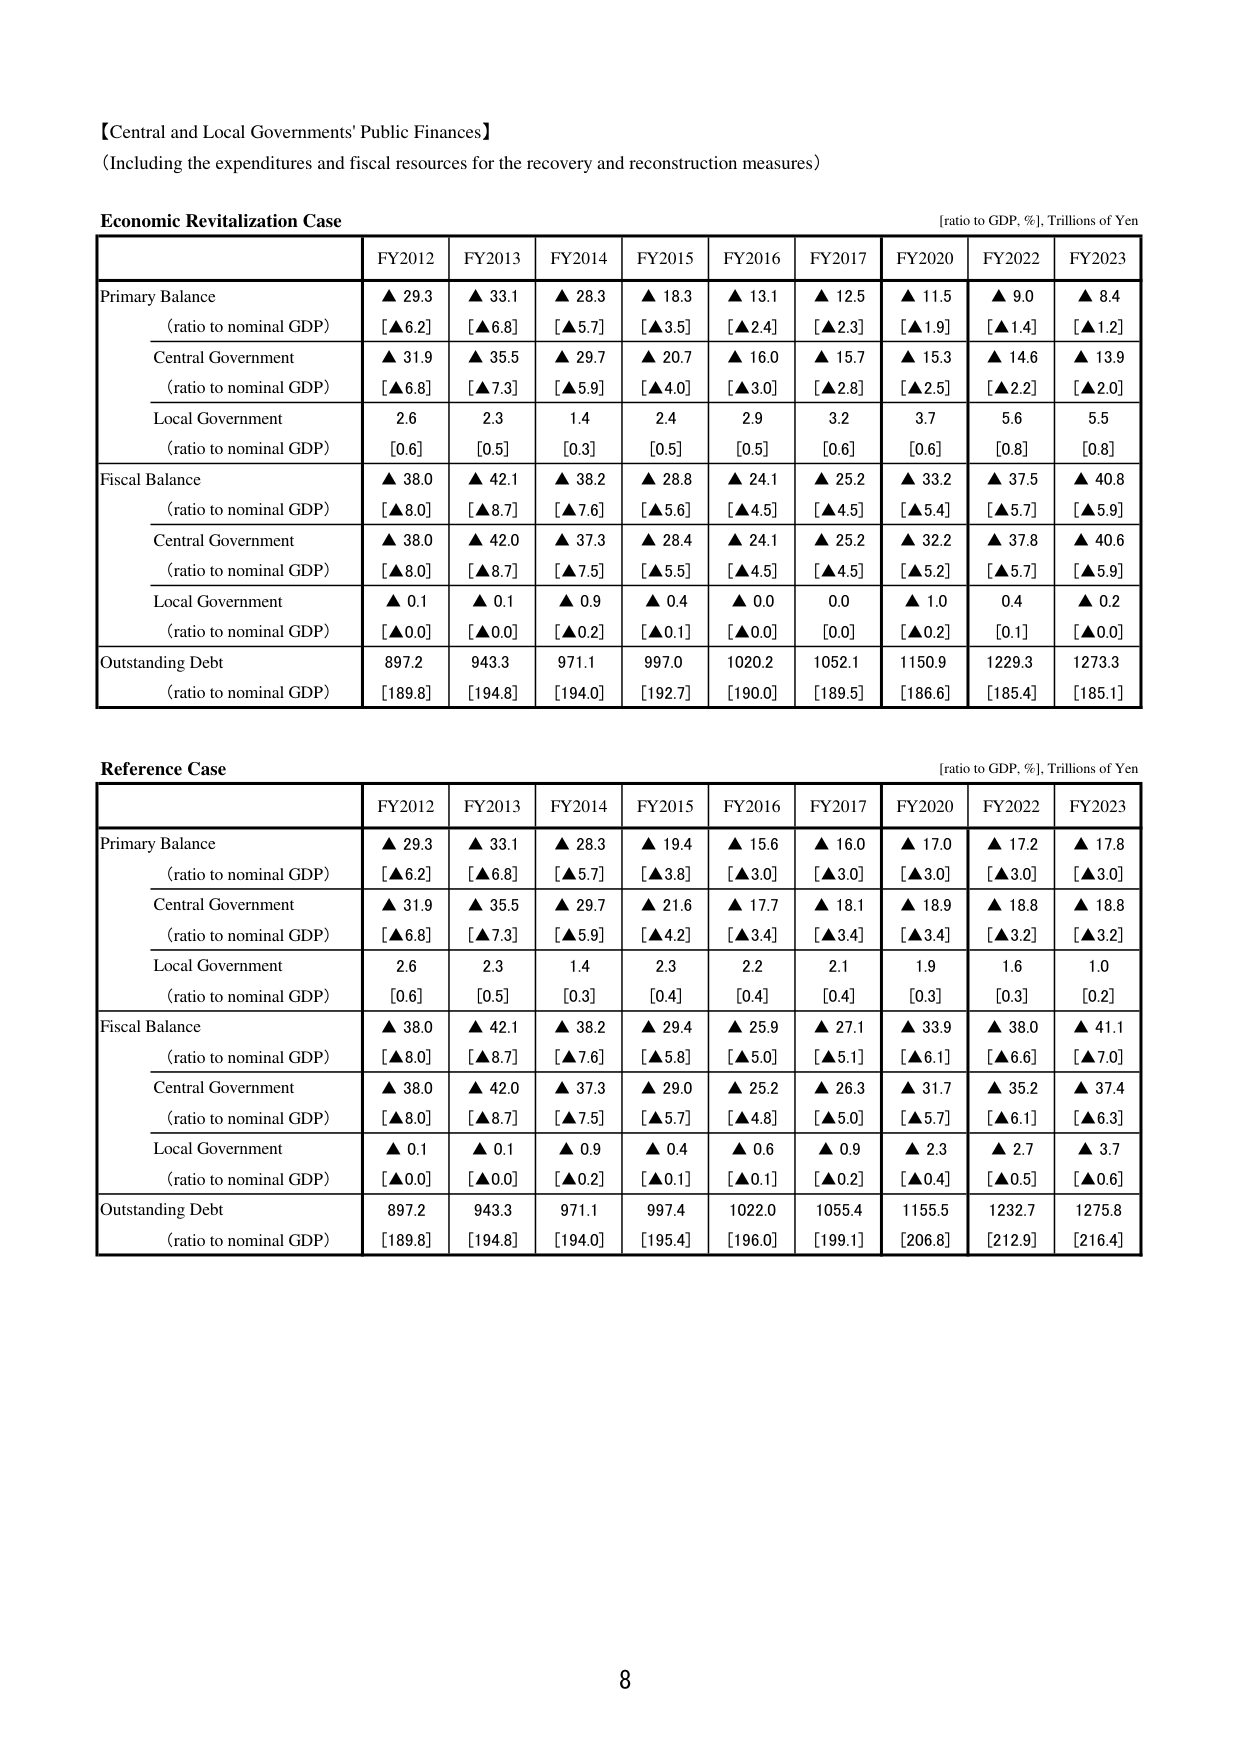
【Central and Local Governments' Public Finances】
(Including the expenditures and fiscal resources for the recovery and reconstruction measures)

Economic Revitalization Case
[ratio to GDP, %], Trillions of Yen

FY2012 FY2013 FY2014 FY2015 FY2016 FY2017 FY2020 FY2022 FY2023

Primary Balance
(ratio to nominal GDP)
▲ 29.3 ▲ 33.1 ▲ 28.3 ▲ 18.3 ▲ 13.1 ▲ 12.5 ▲ 11.5 ▲ 9.0 ▲ 8.4
[▲6.2] [▲6.8] [▲5.7] [▲3.5] [▲2.4] [▲2.3] [▲1.9] [▲1.4] [▲1.2]

Central Government
(ratio to nominal GDP)
▲ 31.9 ▲ 35.5 ▲ 29.7 ▲ 20.7 ▲ 16.0 ▲ 15.7 ▲ 15.3 ▲ 14.6 ▲ 13.9
[▲6.8] [▲7.3] [▲5.9] [▲4.0] [▲3.0] [▲2.8] [▲2.5] [▲2.2] [▲2.0]

Local Government
(ratio to nominal GDP)
2.6 2.3 1.4 2.4 2.9 3.2 3.7 5.6 5.5
[0.6] [0.5] [0.3] [0.5] [0.5] [0.6] [0.6] [0.8] [0.8]

Fiscal Balance
(ratio to nominal GDP)
▲ 38.0 ▲ 42.1 ▲ 38.2 ▲ 28.8 ▲ 24.1 ▲ 25.2 ▲ 33.2 ▲ 37.5 ▲ 40.8
[▲8.0] [▲8.7] [▲7.6] [▲5.6] [▲4.5] [▲4.5] [▲5.4] [▲5.7] [▲5.9]

Central Government
(ratio to nominal GDP)
▲ 38.0 ▲ 42.0 ▲ 37.3 ▲ 28.4 ▲ 24.1 ▲ 25.2 ▲ 32.2 ▲ 37.8 ▲ 40.6
[▲8.0] [▲8.7] [▲7.5] [▲5.5] [▲4.5] [▲4.5] [▲5.2] [▲5.7] [▲5.9]

Local Government
(ratio to nominal GDP)
▲ 0.1 ▲ 0.1 ▲ 0.9 ▲ 0.4 ▲ 0.0 0.0 ▲ 1.0 0.4 ▲ 0.2
[▲0.0] [▲0.0] [▲0.2] [▲0.1] [▲0.0] [0.0] [▲0.2] [0.1] [▲0.0]

Outstanding Debt
(ratio to nominal GDP)
897.2 943.3 971.1 997.0 1020.2 1052.1 1150.9 1229.3 1273.3
[189.8] [194.8] [194.0] [192.7] [190.0] [189.5] [186.6] [185.4] [185.1]

Reference Case
[ratio to GDP, %], Trillions of Yen

FY2012 FY2013 FY2014 FY2015 FY2016 FY2017 FY2020 FY2022 FY2023

Primary Balance
(ratio to nominal GDP)
▲ 29.3 ▲ 33.1 ▲ 28.3 ▲ 19.4 ▲ 15.6 ▲ 16.0 ▲ 17.0 ▲ 17.2 ▲ 17.8
[▲6.2] [▲6.8] [▲5.7] [▲3.8] [▲3.0] [▲3.0] [▲3.0] [▲3.0] [▲3.0]

Central Government
(ratio to nominal GDP)
▲ 31.9 ▲ 35.5 ▲ 29.7 ▲ 21.6 ▲ 17.7 ▲ 18.1 ▲ 18.9 ▲ 18.8 ▲ 18.8
[▲6.8] [▲7.3] [▲5.9] [▲4.2] [▲3.4] [▲3.4] [▲3.4] [▲3.2] [▲3.2]

Local Government
(ratio to nominal GDP)
2.6 2.3 1.4 2.3 2.2 2.1 1.9 1.6 1.0
[0.6] [0.5] [0.3] [0.4] [0.4] [0.4] [0.3] [0.3] [0.2]

Fiscal Balance
(ratio to nominal GDP)
▲ 38.0 ▲ 42.1 ▲ 38.2 ▲ 29.4 ▲ 25.9 ▲ 27.1 ▲ 33.9 ▲ 38.0 ▲ 41.1
[▲8.0] [▲8.7] [▲7.6] [▲5.8] [▲5.0] [▲5.1] [▲6.1] [▲6.6] [▲7.0]

Central Government
(ratio to nominal GDP)
▲ 38.0 ▲ 42.0 ▲ 37.3 ▲ 29.0 ▲ 25.2 ▲ 26.3 ▲ 31.7 ▲ 35.2 ▲ 37.4
[▲8.0] [▲8.7] [▲7.5] [▲5.7] [▲4.8] [▲5.0] [▲5.7] [▲6.1] [▲6.3]

Local Government
(ratio to nominal GDP)
▲ 0.1 ▲ 0.1 ▲ 0.9 ▲ 0.4 ▲ 0.6 ▲ 0.9 ▲ 2.3 ▲ 2.7 ▲ 3.7
[▲0.0] [▲0.0] [▲0.2] [▲0.1] [▲0.1] [▲0.2] [▲0.4] [▲0.5] [▲0.6]

Outstanding Debt
(ratio to nominal GDP)
897.2 943.3 971.1 997.4 1022.0 1055.4 1155.5 1232.7 1275.8
[189.8] [194.8] [194.0] [195.4] [196.0] [199.1] [206.8] [212.9] [216.4]

8